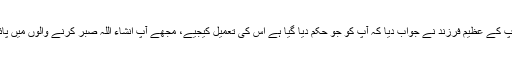
عظیم باپ کے عظیم فرزند نے جواب دیا کہ آپ کو جو حکم دیا گیا ہے اس کی تعمیل کیجیے، مجھے آپ انشاء اللہ صبر کرنے والوں میں پائیں گے۔